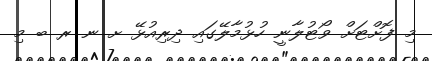
މި ފޮށްޓަށް ވޯޓުލާނީ ހުޅުމާލޭގައި ދިރިއުޅޭ ށ ނ ރ ބ މި